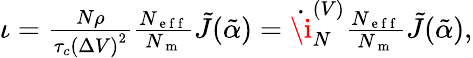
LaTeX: \begin{array}{r}{\iota=\frac{N\rho}{\tau_{c}\left(\Delta V\right)^{2}}\frac{N_{\mathrm{~e~f~f~}}}{N_{\mathrm{~m~}}}\tilde{J}(\tilde{\alpha})=\dot{\i}_{N}^{(V)}\frac{N_{\mathrm{~e~f~f~}}}{N_{\mathrm{~m~}}}\tilde{J}(\tilde{\alpha}),}\end{array}